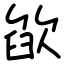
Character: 欿